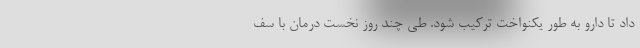
داد تا دارو به طور یکنواخت ترکیب شود. طی چند روز نخست درمان با سف